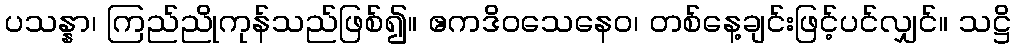
ပသန္နာ၊ ကြည်ညိုကုန်သည်ဖြစ်၍။ ဧကဒိဝသေနေဝ၊ တစ်နေ့ချင်းဖြင့်ပင်လျှင်။ သဋ္ဌိ